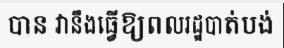
បាន វានឹងធ្វើឱ្យពលរដ្ឋបាត់បង់